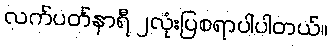
လက်ပတ်နာရီ ၂လုံးပြစရာပါပါတယ်။